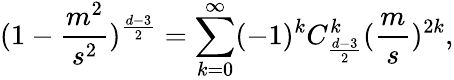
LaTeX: (1-\frac{m^{2}}{s^{2}})^{\frac{d-3}{2}}=\sum_{k=0}^{\infty}(-1)^{k}C_{\frac{d-3}{2}}^{k}(\frac{m}{s})^{2k},